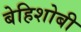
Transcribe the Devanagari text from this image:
बेहिशोबी